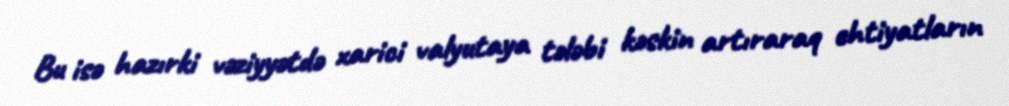
Bu isə hazırki vəziyyətdə xarici valyutaya tələbi kəskin artıraraq ehtiyatların